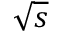
\sqrt { s }